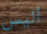
أليس